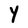
Character: Y